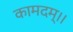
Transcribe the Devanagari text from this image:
कामदम्।।